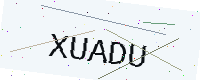
Text: XUADU